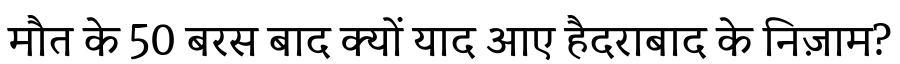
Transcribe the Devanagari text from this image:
मौत के 50 बरस बाद क्यों याद आए हैदराबाद के निज़ाम?